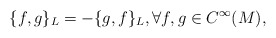
\begin{align*}\{f,g\}_{L}=-\{g,f\}_{L},\forall f,g\in C^{\infty}(M),\end{align*}